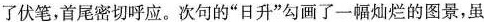
了伏笔，首尾密切呼应。次句的“日升”勾画了一幅灿烂的图景，虽